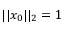
\vert \vert x _ { 0 } \vert \vert _ { 2 } = 1